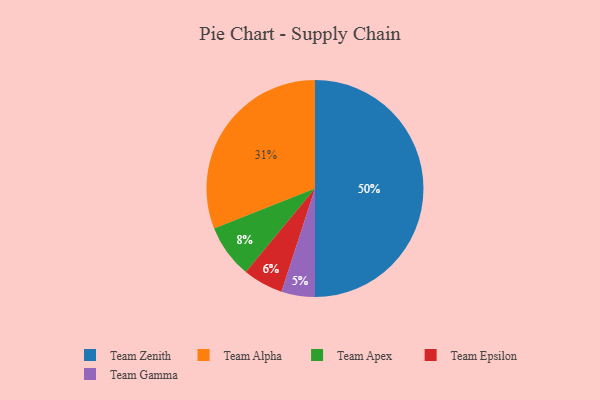
{"axis": {"x": "Category", "y": "Percentage"}, "legend": ["Team Alpha", "Team Apex", "Team Epsilon", "Team Gamma", "Team Zenith"], "data": [{"x": "Team Apex", "y": 8, "type": "Team Apex"}, {"x": "Team Epsilon", "y": 6, "type": "Team Epsilon"}, {"x": "Team Zenith", "y": 50, "type": "Team Zenith"}, {"x": "Team Alpha", "y": 31, "type": "Team Alpha"}, {"x": "Team Gamma", "y": 5, "type": "Team Gamma"}]}